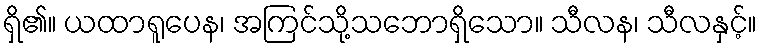
ရှိ၏။ ယထာရူပေန၊ အကြင်သို့သဘောရှိသော။ သီလန၊ သီလနှင့်။